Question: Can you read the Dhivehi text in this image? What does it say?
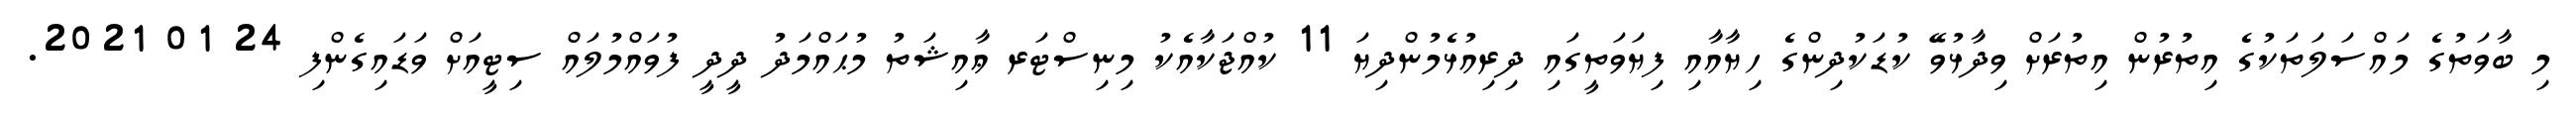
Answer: މި ބާވަތުގެ މައްސަލަތަކުގެ އިތުރުން އިތުރަށް ވިދާޅުވޭ ކުޑަކުދިންގެ ހިޔާއާއި ފިޔަވަތީގައި ދިރިއުޅެމުންދިޔަ 11 ކުއްޖަކާއެކު މިނިސްޓަރ ޢާއިޝަތު މުޙައްމަދު ދީދީ ފުވައްމުލައް ސިޓީއަށް ވަޑައިގެންފި 24 01 2021.